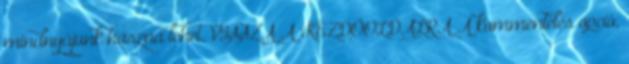
mindnyájunk haszna lehet. VISSZA A KEZDŐOLDALRA A kommentelés opció,